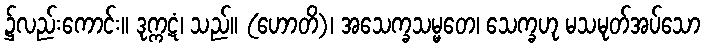
၌လည်းကောင်း။ ဒုက္ကဋံ၊ သည်။ (ဟောတိ)၊ အသေက္ခသမ္မတေ၊ သေက္ခဟု မသမုတ်အပ်သော